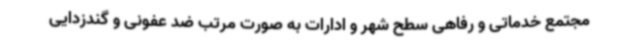
مجتمع خدماتی و رفاهی سطح شهر و ادارات به صورت مرتب ضد عفونی و گندزدایی